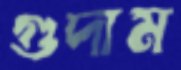
গুদাম